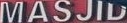
MASJID